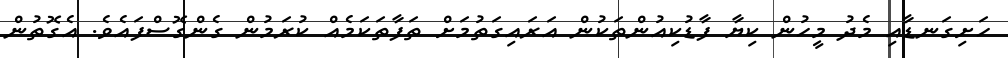
ހަށިގަނޑާއި މެދު މީހުން ކިޔާ ފާޑުކިއުންތަކުން އަރައިގަތުމަށް ތަފާތަކަމެއް ކުރަމުން ގެންގޮސްފައެވެ. އެގޮތުން